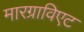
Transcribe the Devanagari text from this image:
मारग्राविएट